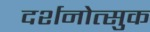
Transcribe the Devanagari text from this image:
दर्शनोत्सुक